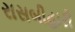
રાસબીહારી